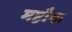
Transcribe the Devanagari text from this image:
महौबा